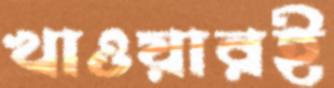
খাওয়ারই